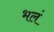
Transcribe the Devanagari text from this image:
भलं